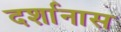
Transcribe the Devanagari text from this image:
दर्शानास